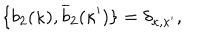
\{ b _ { 2 } ( \kappa ) , \overline { { { b } } } _ { 2 } ( \kappa ^ { \prime } ) \} = \delta _ { \kappa , \kappa ^ { \prime } } ,